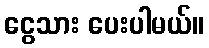
ငွေသား ပေးပါမယ်။